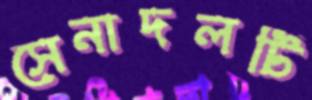
সেনাদলটি